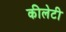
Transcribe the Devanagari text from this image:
कीलेटी